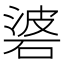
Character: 碆